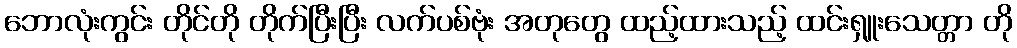
ဘောလုံးကွင်း တိုင်တို တိုက်ပြီးပြီး လက်ပစ်ဗုံး အတုတွေ ထည့်ထားသည့် ထင်းရှူးသေတ္တာ တို